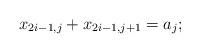
LaTeX: \begin{align*} x_{2i-1,j} + x_{2i-1,j+1}=a_j;\end{align*}